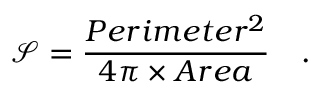
\mathcal { S } = \frac { P e r i m e t e r ^ { 2 } } { 4 \pi \times A r e a } \quad .